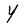
Character: Y